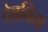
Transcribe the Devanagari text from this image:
देवविता